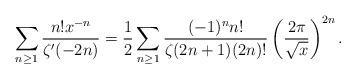
LaTeX: \begin{align*}\sum_{n\ge1}\frac{n!x^{-n}}{\zeta'(-2n)}=\frac{1}{2}\sum_{n\ge1}\frac{(-1)^nn!}{\zeta(2n+1)(2n)!}\left(\frac{2\pi}{\sqrt{x}}\right)^{2n}.\end{align*}